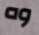
وه